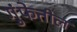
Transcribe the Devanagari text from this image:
गुंफेतील